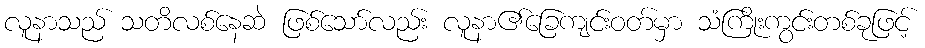
လူနာသည် သတိလစ်နေဆဲ ဖြစ်သော်လည်း လူနာ၏ခြေကျင်းဝတ်မှာ သံကြိုးကွင်းတစ်ခုဖြင့်